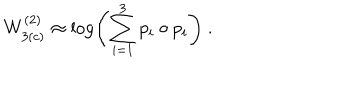
LaTeX: W _ { 3 ( c ) } ^ { ( 2 ) } \approx \log \left( \sum _ { i = 1 } ^ { 3 } p _ { i } \circ p _ { i } \right) ~ .